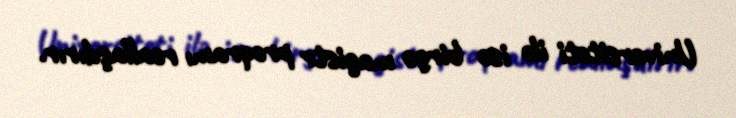
Universiteti ilə isə birgə magistr proqramı reallaşdırır.